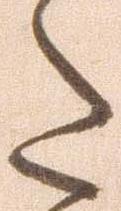
た